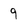
Character: 9